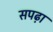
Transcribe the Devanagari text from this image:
सपढ़ा